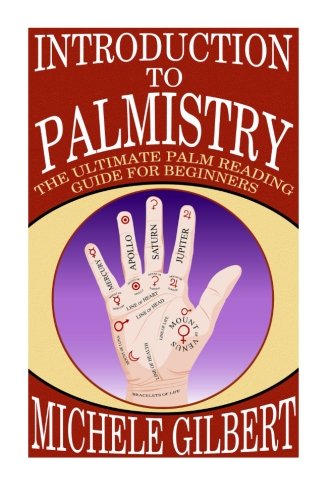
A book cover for Introduction To Palmistry: The Ultimate Palm Reading Guide For Beginners (Occult,Spirits,Ritual, Divination Series); Michele Gilbert; Religion & Spirituality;